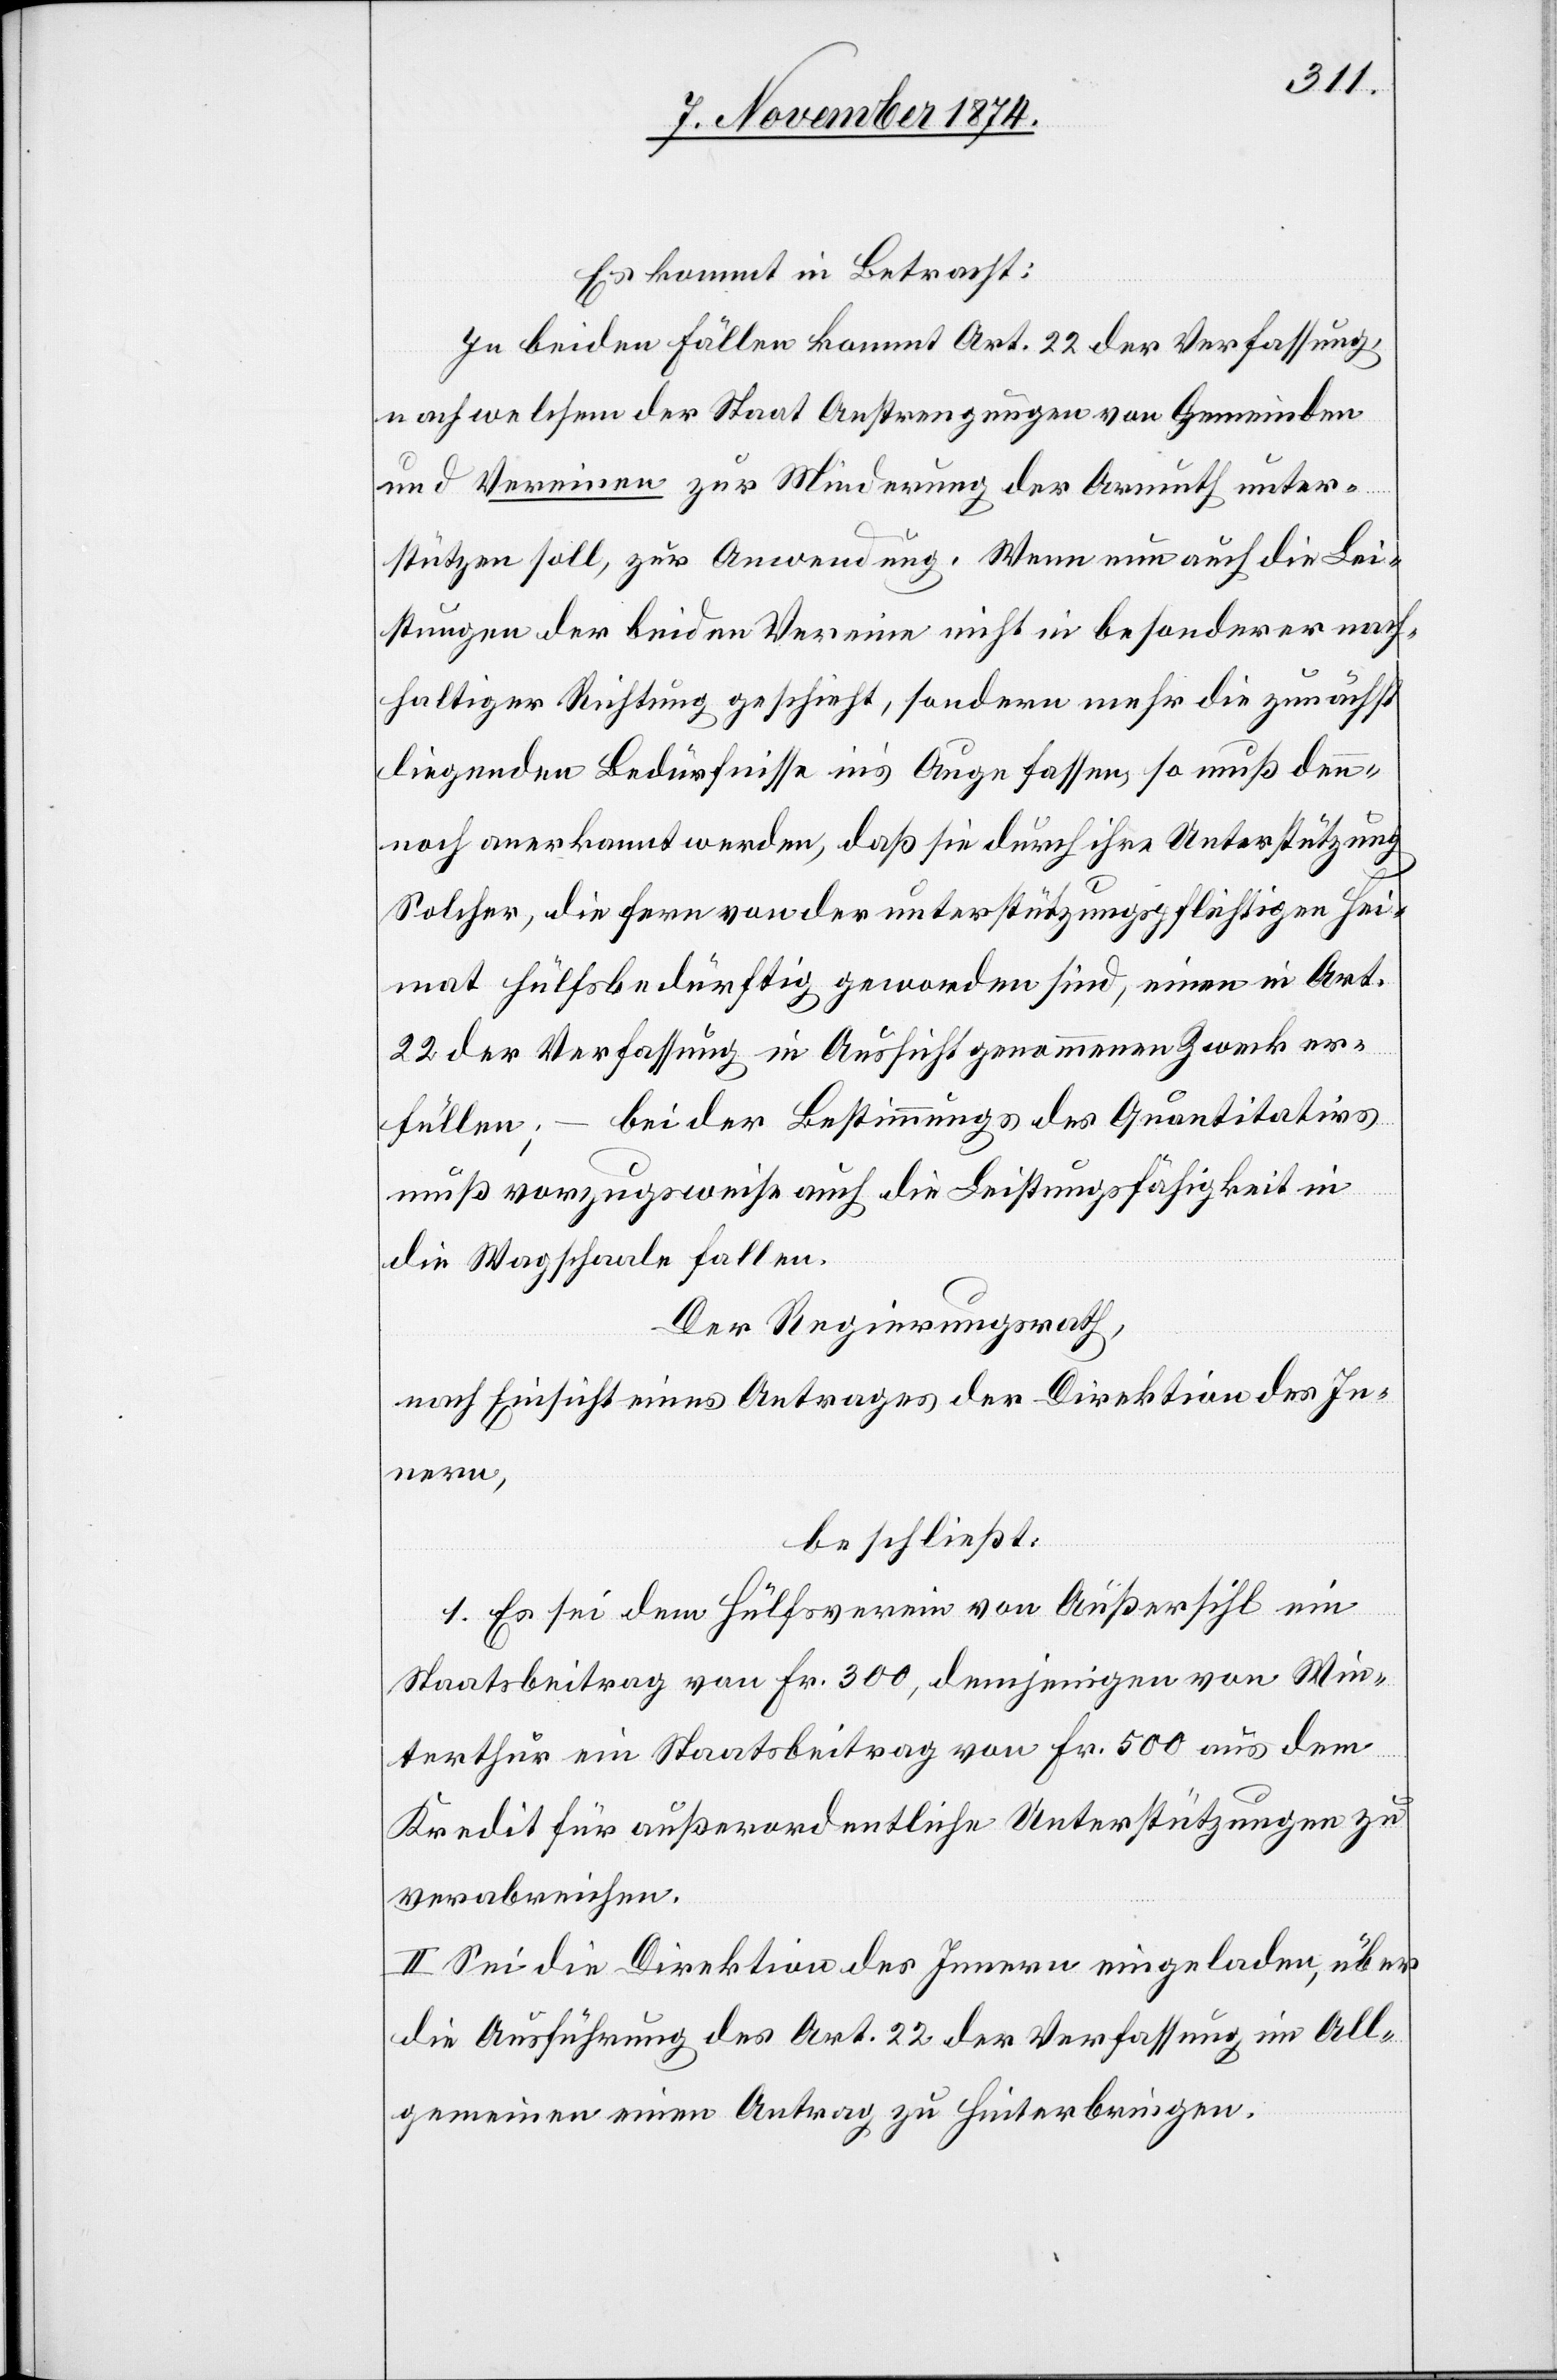
Es kommt in Betracht:
In beiden Fällen kommt Art. 22 der Verfassung,
nach welchem der Staat Anstrengungen von Gemeinden
und Vereinen zur Minderung der Armuth unter¬
stützen soll, zur Anwendung. Wenn nun auch die Lei¬
stungen der beiden Vereine nicht in besonderer nach¬
haltiger Richtung geschieht, sondern mehr die zunächst
liegenden Bedürfnisse in’s Auge fassen, so muß den¬
noch anerkannt werden, daß sie durch ihre Unterstützung
Solcher, die fern von der unterstützungspflichtigen Hei¬
mat hülfsbedürftig geworden sind, einen in Art.
22 der Verfassung in Aussicht genommenen Zweck er¬
füllen; – bei der Bestimmungs [sic!] des Quantitativs
muß vorzugsweise auch die Leistungsfähigkeit in
die Wagschaale fallen.
Der Regierungsrath,
nach Einsicht eines Antrages der Direktion des In¬
nern,
beschließt:
I. Es sei dem Hülfsverein von Außersihl ein
Staatsbeitrag von Fr. 300, demjenigen von Win¬
terthur ein Staatsbeitrag von Fr. 500 aus dem
Kredit für außerordentliche Unterstützungen zu
verabreichen.
II. Sei die Direktion des Innern eingeladen, über
die Ausführung des Art. 22 der Verfassung im All¬
gemeinen einen Antrag zu hinterbringen.